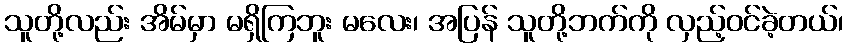
သူတို့လည်း အိမ်မှာ မရှိကြဘူး မလေး၊ အပြန် သူတို့ဘက်ကို လှည့်ဝင်ခဲ့တယ်၊